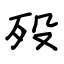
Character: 殁